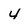
Character: 4